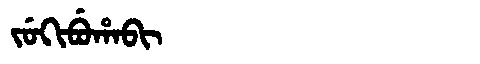
Manchu: ᠵᡠᡴᡳᠪᡠᡥᠠᠪᡳ
Romanization: JUKIBUHABI